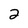
Character: 2